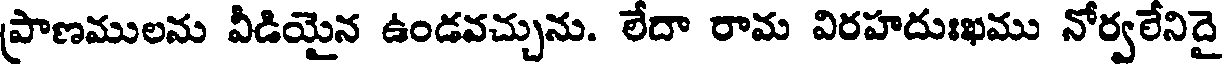
ప్రాణములను వీడియైన ఉండవచ్చును. లేదా రామ విరహదుఃఖము నోర్వలేనిదై